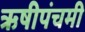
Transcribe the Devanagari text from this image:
ऋषीपंचमी